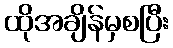
ထိုအချိန်မှစပြီး